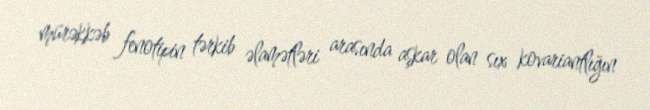
mürəkkəb fenotipin tərkib əlamətləri arasında aşkar olan sıx kovariantlığın